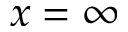
x = \infty